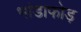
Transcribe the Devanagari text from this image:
भांडाफोड़